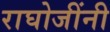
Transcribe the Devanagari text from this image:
राघोजींनी